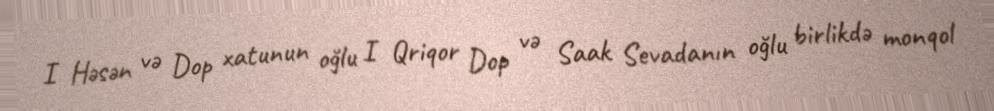
I Həsən və Dop xatunun oğlu I Qriqor Dop və Saak Sevadanın oğlu birlikdə monqol